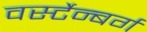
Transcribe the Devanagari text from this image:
वर्स्टेन्बर्ग